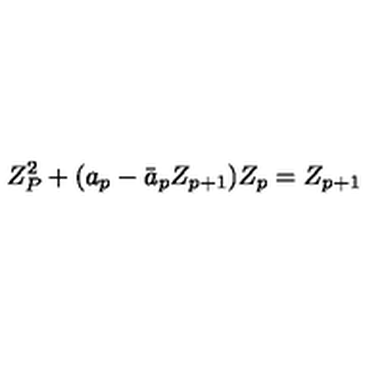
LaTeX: Z _ { P } ^ { 2 } + ( a _ { p } - \bar { a } _ { p } Z _ { p + 1 } ) Z _ { p } = Z _ { p + 1 }